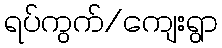
ရပ်ကွက်/ကျေးရွာ